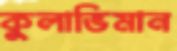
কুলাভিমান